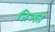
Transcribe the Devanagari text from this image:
जिअत